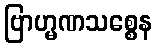
ဗြာဟ္မဏသစ္စေန